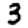
Digit: 3